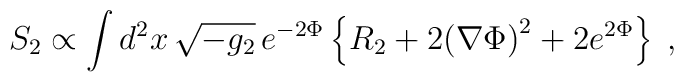
S_2\propto\int d^2x\,\sqrt{-g_2}\,e^{-2\Phi}\left\{R_2+2{\left(\nabla\Phi\right)}^2+2e^{2\Phi}\right\}\;,